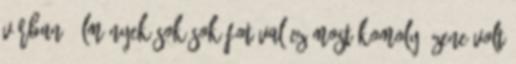
várban. Élmények sok-sok fotóval Ez most komoly? Zene volt